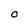
Character: O